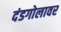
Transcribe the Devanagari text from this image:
दंडगोलावर